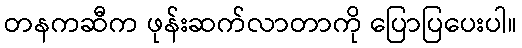
တနကဆီက ဖုန်းဆက်လာတာကို ပြောပြပေးပါ။